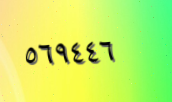
٥٦٩٤٤٦